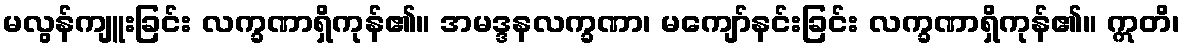
မလွန်ကျူးခြင်း လက္ခဏာရှိကုန်၏။ အမဒ္ဒနလက္ခဏာ၊ မကျော်နင်းခြင်း လက္ခဏာရှိကုန်၏။ ဣတိ၊